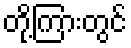
တို့ကြားတွင်